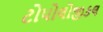
ટોપોલોજીકલ